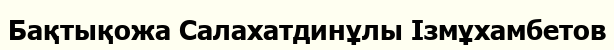
Бақтықожа Салахатдинұлы Ізмұхамбетов